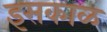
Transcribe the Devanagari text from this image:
इसकाळ